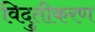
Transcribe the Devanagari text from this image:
विदुतीकरण